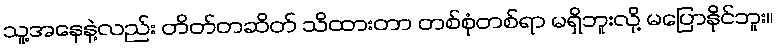
သူ့အနေနဲ့လည်း တိတ်တဆိတ် သိထားတာ တစ်စုံတစ်ရာ မရှိဘူးလို့ မပြောနိုင်ဘူး။